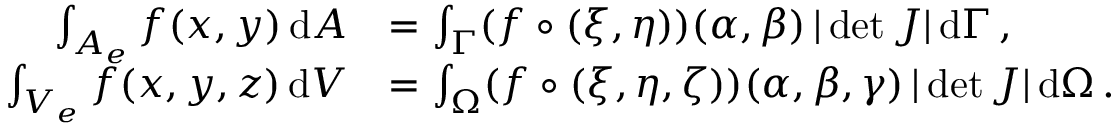
\begin{array} { r l } { \int _ { A _ { e } } f ( x , y ) \, \mathrm { d } A } & { = \int _ { \Gamma } ( f \circ ( \xi , \eta ) ) ( \alpha , \beta ) \, | \operatorname* { d e t } \boldsymbol { J } | \, \mathrm { d } \Gamma \, , } \\ { \int _ { V _ { e } } f ( x , y , z ) \, \mathrm { d } V } & { = \int _ { \Omega } ( f \circ ( \xi , \eta , \zeta ) ) ( \alpha , \beta , \gamma ) \, | \operatorname* { d e t } \boldsymbol { J } | \, \mathrm { d } \Omega \, . } \end{array}